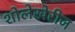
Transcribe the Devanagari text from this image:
शोलेखेरीज